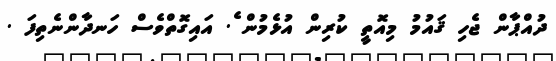
ދުއްޕާން ޖެހި ޤައުމު މިއޮތީ ކުރިން އުޅެމުން ެެެެެެެެެެެެެެެެެެެެެެެެެެެެެެެެެެެެެެެެެެެެެެެެެެެެެެެެެެެެެެެެެެެެެެެެ. އައިގޮތްވެސް ހަނދާންނެތިފަ .